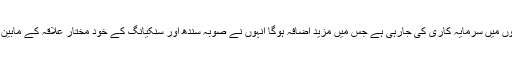
انہوں نے کہا کہ چین کی جانب سے سندھ میں کئی شعبوں میں سرمایہ کاری کی جارہی ہے جس میں مزید اضافہ ہوگا انہوں نے صوبہ سندھ اور سنکیانگ کے خود مختار علاقہ کے مابین باہمی تعلقات کے فروغ کی ضرورت پر بھی زور دیا ۔